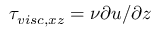
\tau _ { v i s c , x z } = \nu \partial u / \partial z